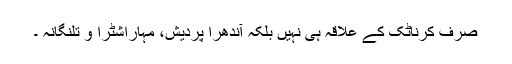
صرف کرناٹک کے علاقہ ہی نہیں بلکہ آندھرا پردیش، مہاراشٹرا و تلنگانہ ۔